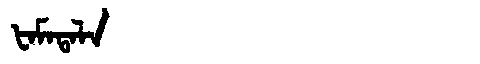
Manchu: ᡶᠠᠮᠠᡨᠠᠯᠠ
Romanization: FAMATALA